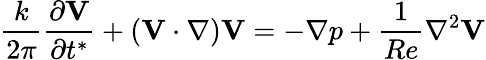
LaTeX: \frac{k}{2\pi}\frac{\partial\textbf{V}}{\partial t^{*}}+\left(\textbf{V}\cdot\nabla\right)\textbf{V}=-\nabla p+\frac{1}{Re}\nabla^{2}\textbf{V}